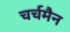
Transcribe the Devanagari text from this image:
चर्चमैन